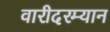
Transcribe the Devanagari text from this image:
वारीदरम्यान